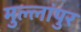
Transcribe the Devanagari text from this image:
मुल्लांपुर